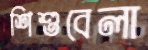
শিশুবেলা